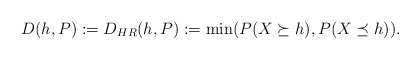
\begin{align*}D(h,P):= D_{HR}(h,P):=\min(P(X \succeq h),P(X\preceq h)). \end{align*}